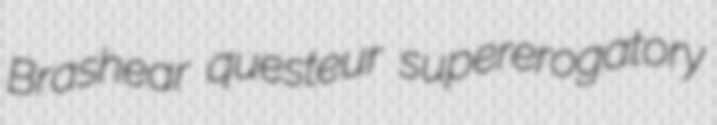
Brashear questeur supererogatory